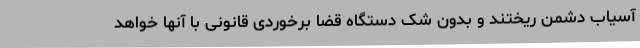
آسیاب دشمن ریختند و بدون شک دستگاه قضا برخوردی قانونی با آنها خواهد